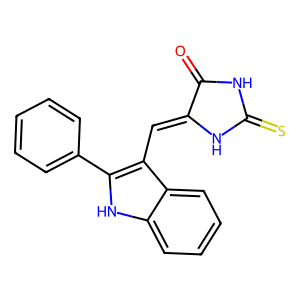
SMILES: O=C1NC(=S)NC1=Cc1c(-c2ccccc2)[nH]c2ccccc12
Inhibits HIV replication: No